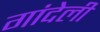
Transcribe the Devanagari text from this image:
गांदेली